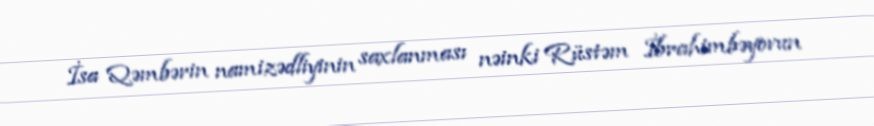
İsa Qəmbərin namizədliyinin saxlanması nəinki Rüstəm İbrahimbəyovun